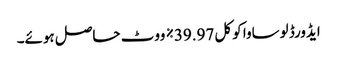
ایڈورڈ لوساوا کو کل 39.97٪ ووٹ حاصل ہوئے۔